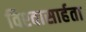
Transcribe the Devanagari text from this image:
विश्‍वासार्हता